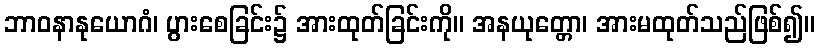
ဘာဝနာနုယောဂံ၊ ပွားစေခြင်း၌ အားထုတ်ခြင်းကို။ အနယုတ္တော၊ အားမထုတ်သည်ဖြစ်၍။